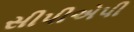
સીપીએપી